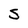
Character: 5